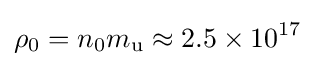
\rho _{0}=n_{0}m_{\rm {u}}\approx 2.5\times 10^{17}